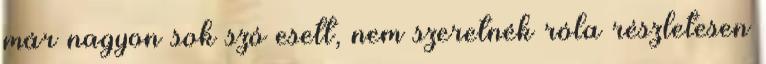
már nagyon sok szó esett, nem szeretnék róla részletesen